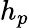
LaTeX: h_{p}